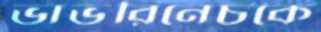
ভাভরিনেচকে